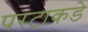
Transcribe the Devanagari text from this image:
परटाकडे